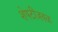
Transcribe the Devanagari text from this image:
शेपटीजवळ